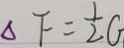
\Delta F = \frac { 1 } { 2 } G